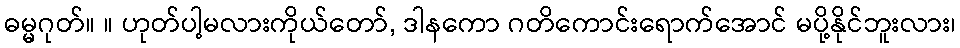
ဓမ္မဂုတ်။ ။ ဟုတ်ပါ့မလားကိုယ်တော်, ဒါနကော ဂတိကောင်းရောက်အောင် မပို့နိုင်ဘူးလား၊